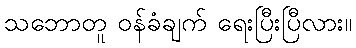
သဘောတူ ဝန်ခံချက် ရေးပြီးပြီလား။